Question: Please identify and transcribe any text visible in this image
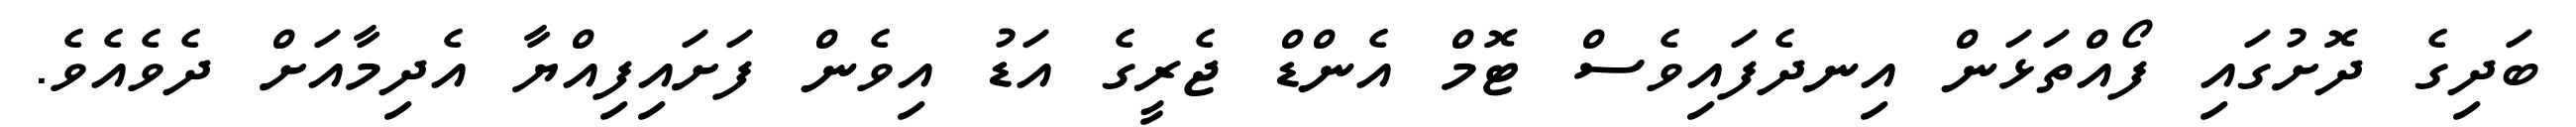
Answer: ބަދިގެ ދޮށުގައި ފޯއްތަޅަން އިނދެފައިވެސް ޓޮމް އެންޑް ޖެރީގެ އަޑު އިވެން ފަށައިފިއްޔާ އެދިމާއަށް ދެވެއެވެ.